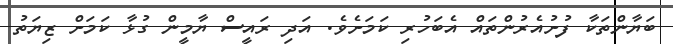
ބަޔާންތަކާ ފުށުއެރުންތައް އެބަހުރި ކަމަށެވެ. އަދި ރައީސް ޔާމީން ގުޅާ ކަމަށް ޒިޔަތު